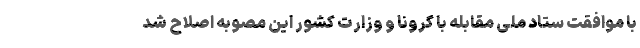
با موافقت ستاد ملی مقابله با کرونا و وزارت کشور این مصوبه اصلاح شد